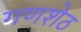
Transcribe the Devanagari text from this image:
गणशेठ